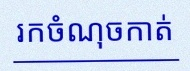
រកចំណុចកាត់